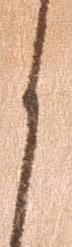
く